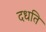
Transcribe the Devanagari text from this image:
दधति